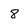
Character: 8